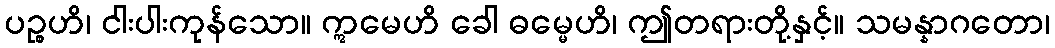
ပဉ္စဟိ၊ ငါးပါးကုန်သော။ ဣမေဟိ ခေါ ဓမ္မေဟိ၊ ဤတရားတို့နှင့်။ သမန္နာဂတော၊